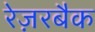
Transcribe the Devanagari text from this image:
रेज़रबैक